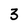
Character: 3